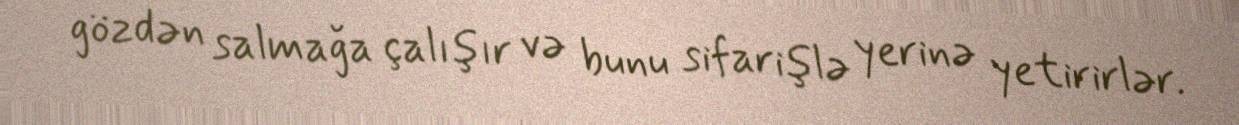
gözdən salmağa çalışır və bunu sifarişlə yerinə yetirirlər.